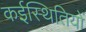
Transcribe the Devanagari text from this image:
कईस्थितियों